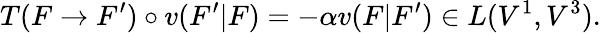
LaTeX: T(F\to F^{\prime})\circ v(F^{\prime}|F)=-\alpha v(F|F^{\prime})\in L(V^{1},V^{3}).